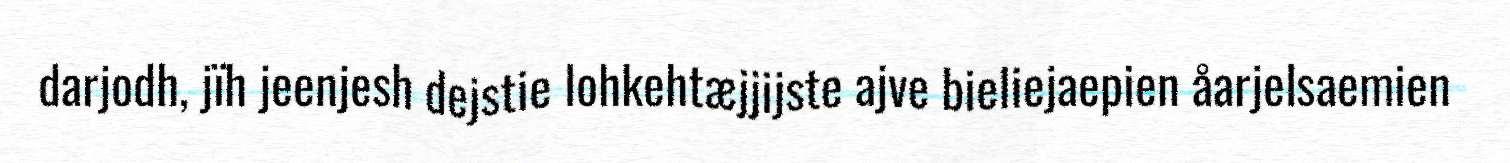
darjodh, jïh jeenjesh dejstie lohkehtæjjijste ajve bieliejaepien åarjelsaemien